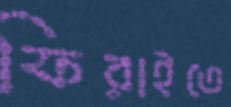
ফিরাইতে